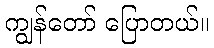
ကျွန်တော် ပြောတယ်။